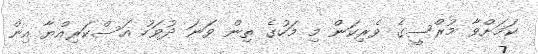
ކަމަށްވާ މުރްސީގެ ވެރިކަން މި މަހުގެ ތިން ވަނަ ދުވަހު އަސްކަރިއްޔާ އިން